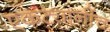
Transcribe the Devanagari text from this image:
एकट्यानींच